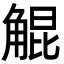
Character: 䚠